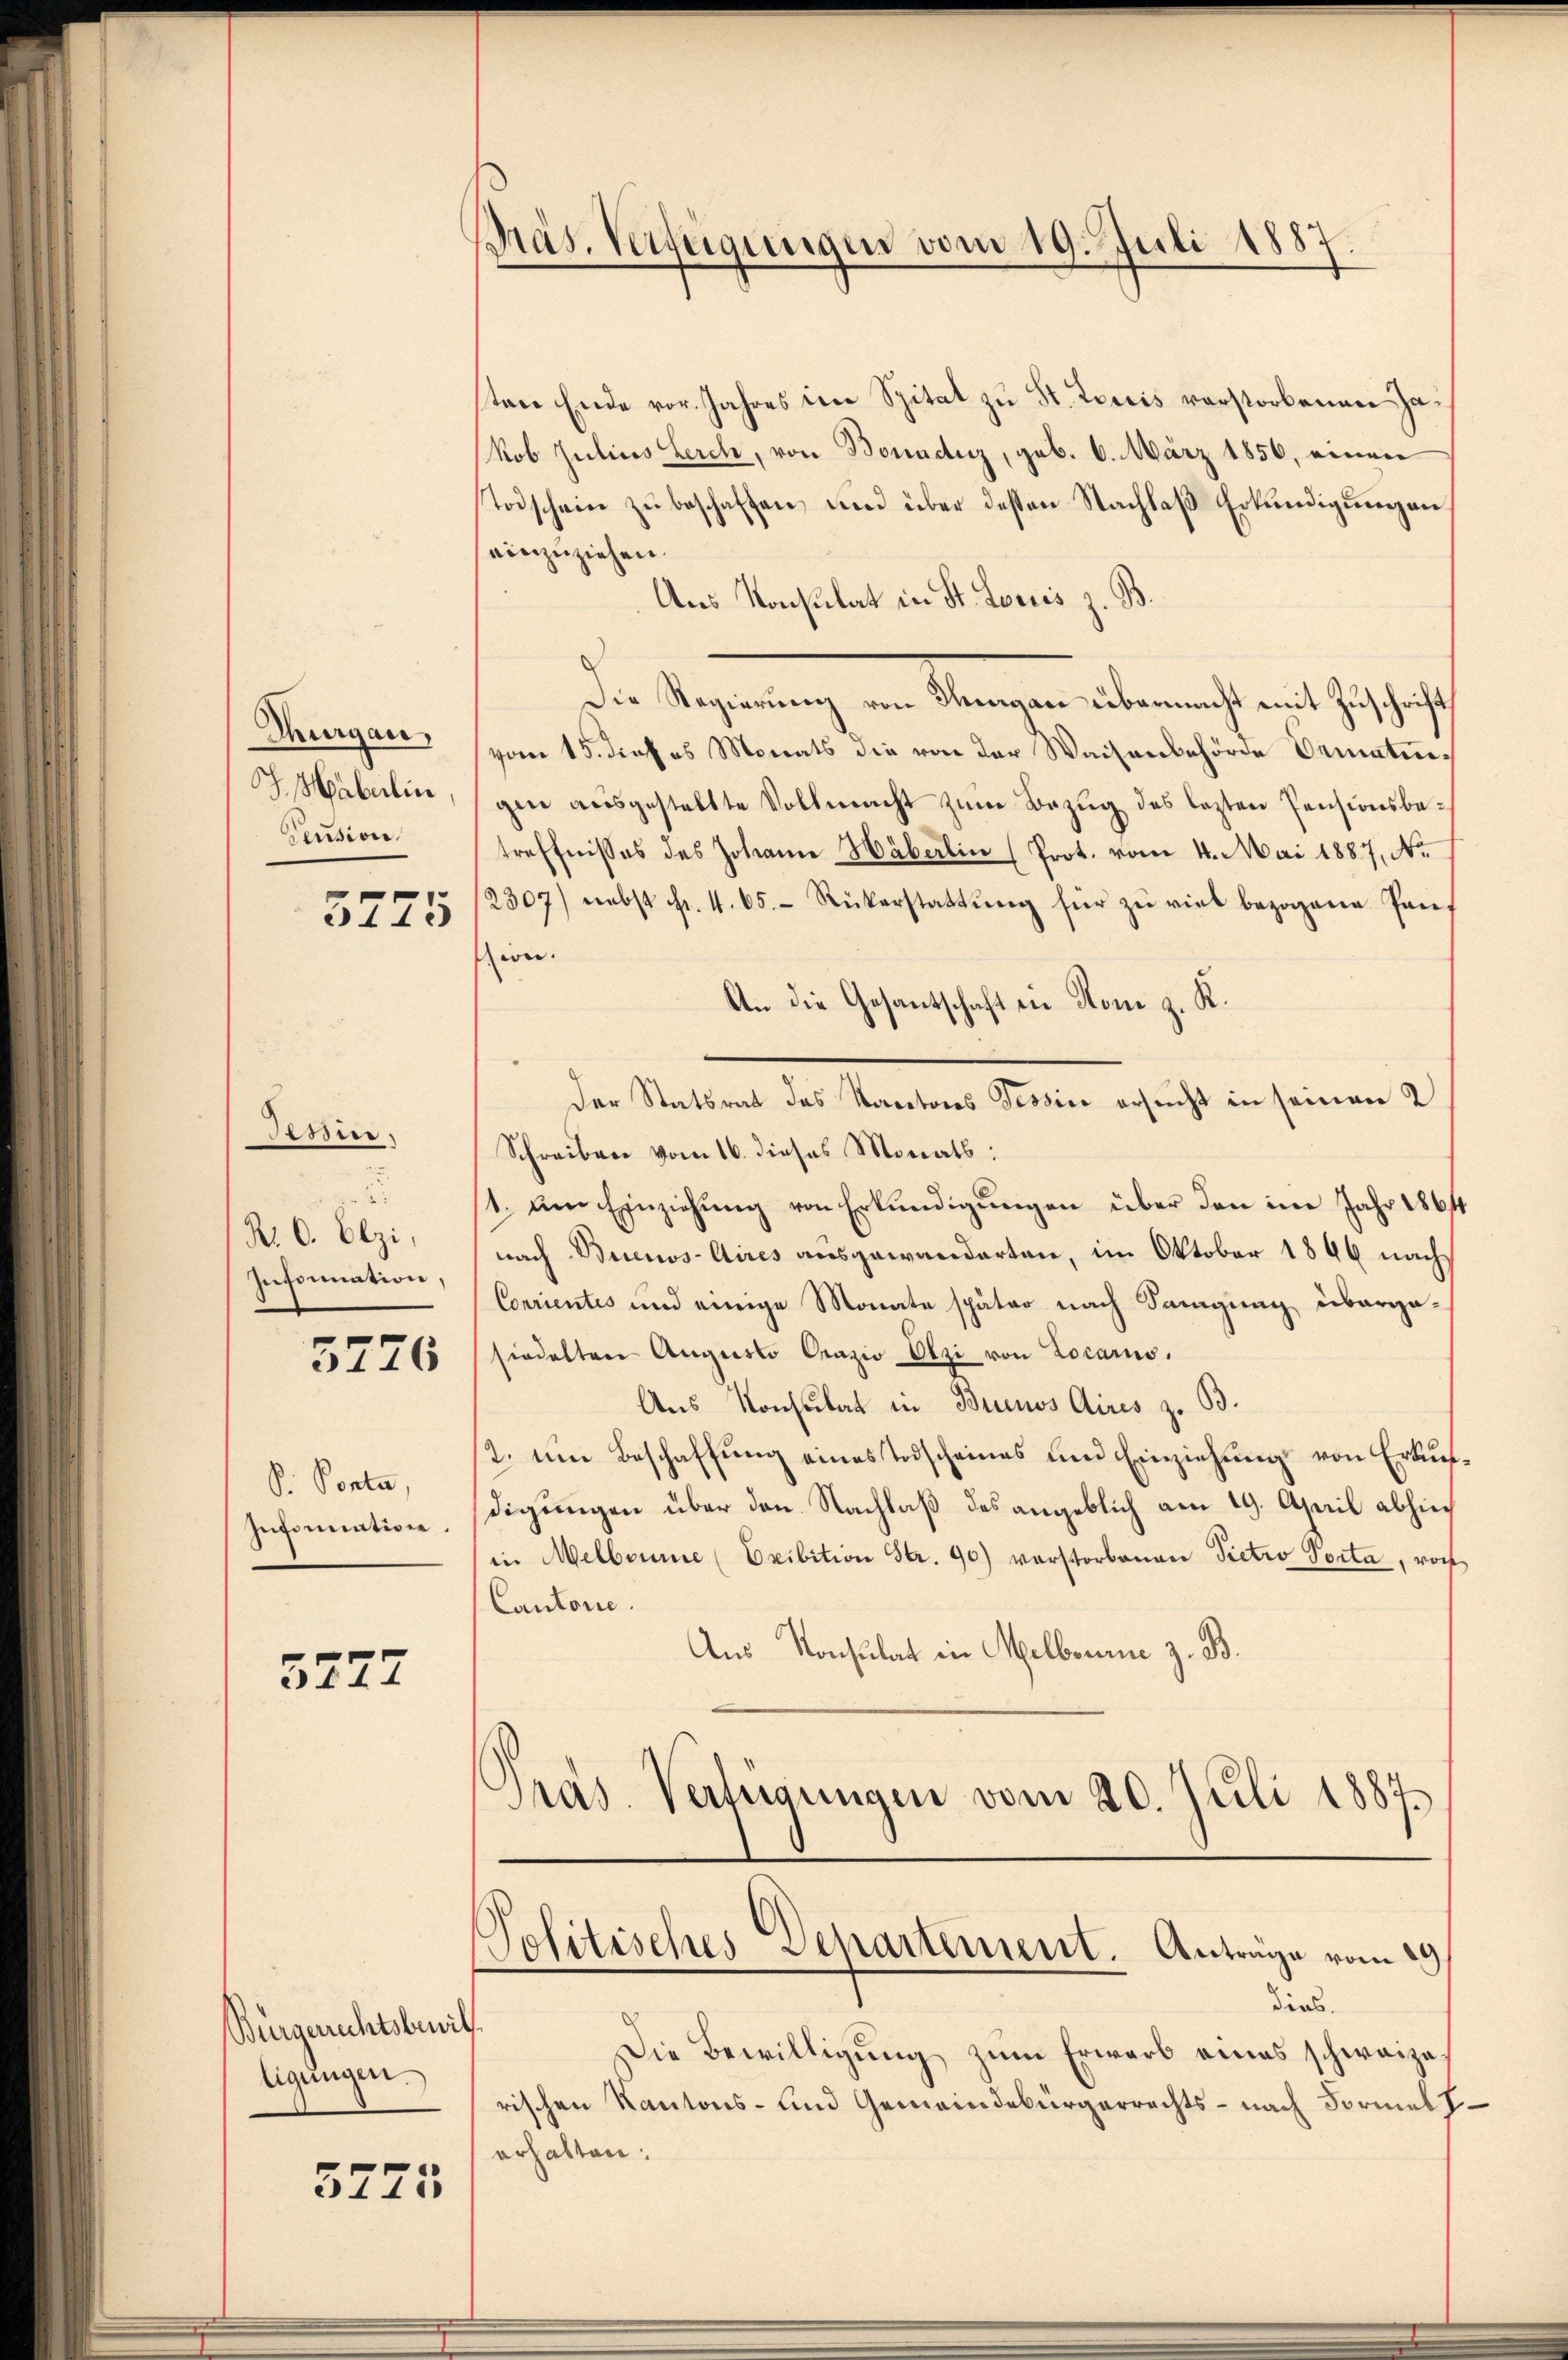
Thurgau,
J. Haberlin
Pension.
5775

Tessin.
.
R. C. Elzi,
Infornation,

3776

P. Panta,
Insinuation

5277

Bürgerichtsbewill.
ligungen.

5275

Präs. Verfügungen vom 19. Juli 1887.

ton Ende vor. Jahres im Spital zu St. Loecis verstorbenen Jakob Julius Lerch, von Bonadtuz, geb. 6. März 1856, einen
Todschein zŭ beschaffen, und über deßen Nachlaß Erkundigung an
einzuziehen.
Ans Konsulat in St. Louis z. B.
Die Regierung von Thurgau übermacht mit Zuschrift
vom 15. dieses Monats die von der Waisenbehörde Dematigen aŭsgestellte Vollmacht zŭm Bezŭg des lezten Pensionsbetreffnisses des Johann Häberlin (Prot. vom 4. Mai 1887, No
2307) nebst Fr. 4. 65. Rückerstattŭng für zu viel bezogene Panwei.
An die Gesantschaft in Rom z. K.
Der Statsrat das Kantons Tessive ersucht in seinen 2
Schreiben vom 16. dieses Monats:
(1. Am Einziehung von Erkundigungen über den im Jahr 1861
nach Buenos-Aires ausgewanderten, im Oktober 1846 nach
Courientes und einige Monate später nach Sanigung übergasiedelten Augusto Orazio Olzi von Locarus.
Aus Konsulat in Buenos Aires z. B.
2. um Beschaffung eines Todscheines und Einziehung von Erkufdigungen über den Nachlaß des angeblich am 19. April abhin
in Melborne (Eribition Str. 90) verstorbenen Pietro Porta, roch
Cantone.
Aus Konsulat in Melborne z. B.
Präs. Verfügungen vom 20. Juli 1887.
E
Politisches Departement. Antrage vom 29.
dies
Die Bewilligung zum Erwarb eines schweizerischen Kantons- und Gemeindebürgerrechts - nach Formel
erhalten: